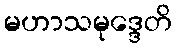
မဟာသမုဒ္ဒေတိ